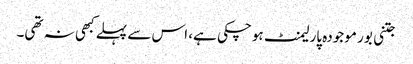
جتنی بور موجودہ پارلیمنٹ ہوچکی ہے، اس سے پہلے کبھی نہ تھی۔